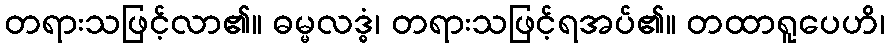
တရားသဖြင့်လာ၏။ ဓမ္မလဒ္ဓံ၊ တရားသဖြင့်ရအပ်၏။ တထာရူပေဟိ၊